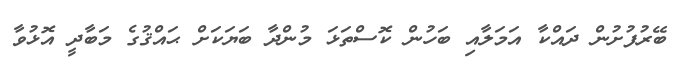
ބޭރުފުށުން ދައްކާ އަމަލާއި ބަހުން ކޮސްތަޅަ މުންދާ ބަޔަކަށް ޙައްޤުގެ މަބާދީ އޮޅުވާ